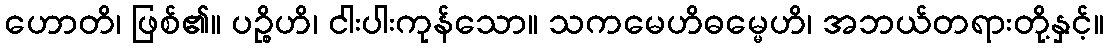
ဟောတိ၊ ဖြစ်၏။ ပဉ္စိဟိ၊ ငါးပါးကုန်သော။ သကမေဟိဓမ္မေဟိ၊ အဘယ်တရားတို့နှင့်။